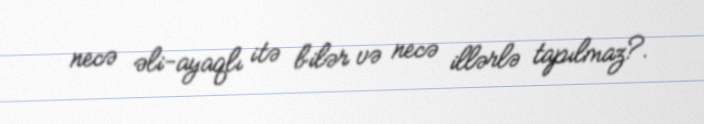
necə əli-ayaqlı itə bilər və necə illərlə tapılmaz?.